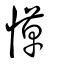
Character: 愺